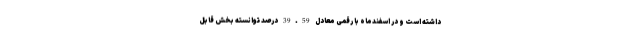
داشته است و در اسفندماه با رقمی معادل 39.59 درصد توانسته بخش قابل